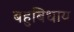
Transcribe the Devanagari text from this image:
बहुबिधाय